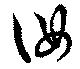
汝